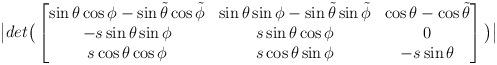
LaTeX: \begin{align*}\big| det\big(\begin{bmatrix}\sin \theta \cos\phi - \sin \tilde{\theta} \cos\tilde{\phi} & \sin \theta \sin\phi - \sin \tilde{\theta}\sin \tilde{\phi} & \cos \theta - \cos \tilde{\theta}\\ -s \sin \theta \sin\phi & s \sin \theta \cos\phi & 0\\ s\cos\theta\cos\phi & s\cos\theta \sin \phi & -s\sin\theta\\ \end{bmatrix}\big)\big|\end{align*}